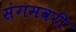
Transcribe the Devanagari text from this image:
संगमवरी